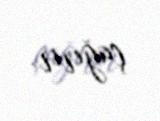
çağırır.